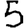
Digit: 5